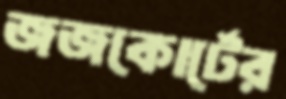
জজকোর্টের